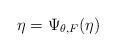
LaTeX: \begin{align*}\eta= \Psi_{\theta,F}(\eta)\end{align*}